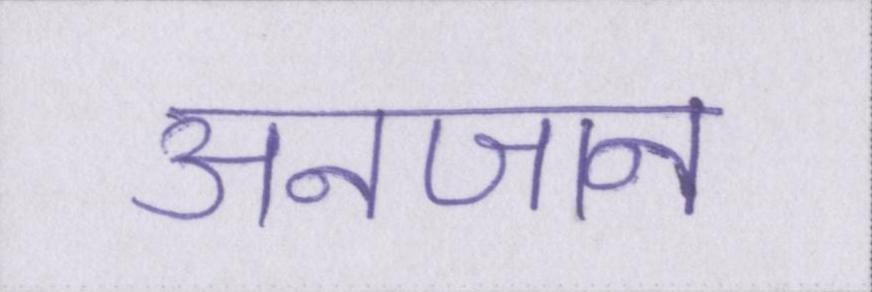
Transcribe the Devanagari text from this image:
अनजान